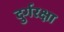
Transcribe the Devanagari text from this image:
दुर्गरक्षा